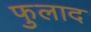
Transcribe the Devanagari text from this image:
फुलाद